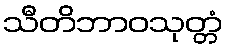
သီတိဘာဝသုတ္တံ